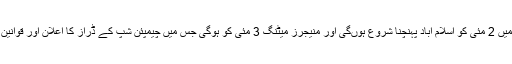
چیمپئن شپ میں شرکت کیلئے ٹیمیں 2 مئی کو اسلام آباد پہنچنا شروع ہوںگی اور منیجرز میٹنگ 3 مئی کو ہوگی جس میں چیمپئن شپ کے ڈراز کا اعلان اور قوانین کے بارے میں آگاہ کیا جائے گا۔